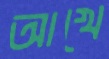
আখে